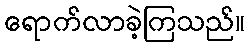
ရောက်လာခဲ့ကြသည်။